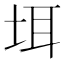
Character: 𪣌